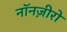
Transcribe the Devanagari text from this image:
नॉनज़ीरो